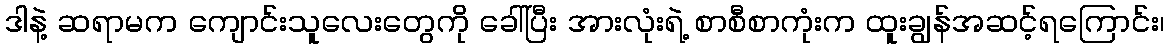
ဒါနဲ့ ဆရာမက ကျောင်းသူလေးတွေကို ခေါ်ပြီး အားလုံးရဲ့ စာစီစာကုံးက ထူးချွန်အဆင့်ရကြောင်း၊